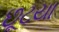
છૂટયા